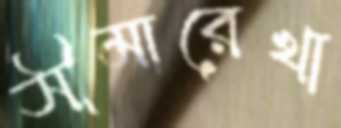
সীমারেখা